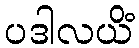
ပဒါလယိံ